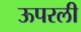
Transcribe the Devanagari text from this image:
ऊपरली